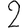
Digit: 2